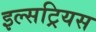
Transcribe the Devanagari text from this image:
इल्सट्रियस